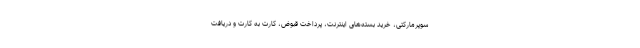
سوپرمارکتی، خرید بسته‌های اینترنت، پرداخت قبوض، کارت به کارت و دریافت